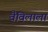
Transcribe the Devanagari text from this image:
वैविलाला